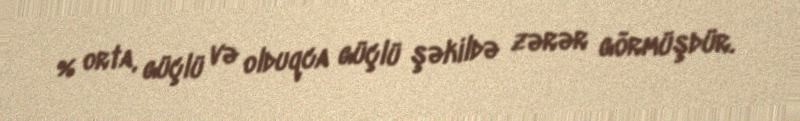
% orta, güçlü və olduqca güçlü şəkildə zərər görmüşdür.